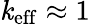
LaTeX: \mathit{k}_{\mathrm{{eff}}}\approx1